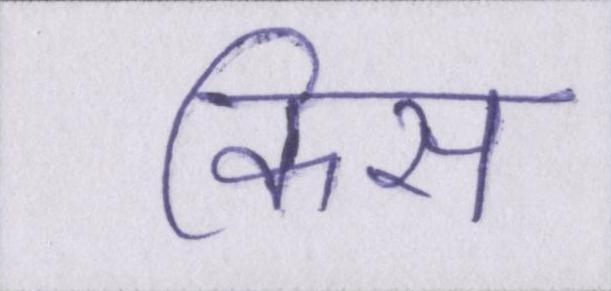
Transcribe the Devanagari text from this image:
किस